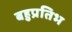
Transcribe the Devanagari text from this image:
बहुप्रतिभ